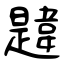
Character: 韙